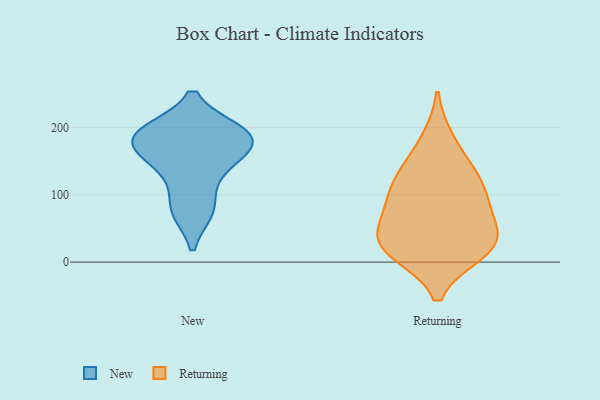
{"axis": {"x": "Population (Million)", "y": "Value"}, "legend": ["New", "Returning"], "data": [{"x": "", "y": 188, "type": "New"}, {"x": "", "y": 129, "type": "New"}, {"x": "", "y": 194, "type": "New"}, {"x": "", "y": 189, "type": "New"}, {"x": "", "y": 193, "type": "New"}, {"x": "", "y": 179, "type": "New"}, {"x": "", "y": 77, "type": "New"}, {"x": "", "y": 161, "type": "New"}, {"x": "", "y": 154, "type": "New"}, {"x": "", "y": 78, "type": "New"}, {"x": "", "y": 16, "type": "Returning"}, {"x": "", "y": 14, "type": "Returning"}, {"x": "", "y": 135, "type": "Returning"}, {"x": "", "y": 19, "type": "Returning"}, {"x": "", "y": 103, "type": "Returning"}, {"x": "", "y": 132, "type": "Returning"}, {"x": "", "y": 46, "type": "Returning"}, {"x": "", "y": 32, "type": "Returning"}, {"x": "", "y": 182, "type": "Returning"}, {"x": "", "y": 48, "type": "Returning"}, {"x": "", "y": 96, "type": "Returning"}, {"x": "", "y": 83, "type": "Returning"}]}